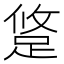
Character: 跾